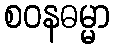
စဝနဓမ္မာ